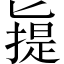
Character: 𠤧